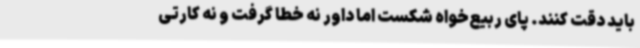
باید دقت کنند. پای ربیع‌خواه شکست اما داور نه خطا گرفت و نه کارتی